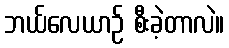
ဘယ်လေယာဉ် စီးခဲ့တာလဲ။